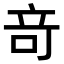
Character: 竒